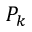
P _ { k }